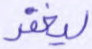
ليغفر